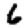
Digit: 6